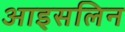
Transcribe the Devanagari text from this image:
आइसलिन